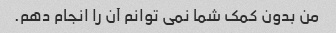
من بدون کمک شما نمی توانم آن را انجام دهم.